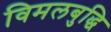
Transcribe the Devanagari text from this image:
विमलबुद्धि